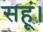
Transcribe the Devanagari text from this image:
सहूं।